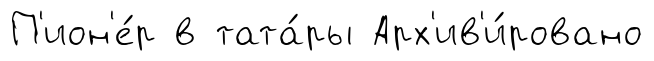
П'ион'е́р в тата́ры Арх'ив'и́ровано